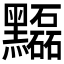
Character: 𪒽